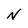
Character: N